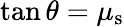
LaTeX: \tan{\theta}=\mu_{\mathrm{s}}